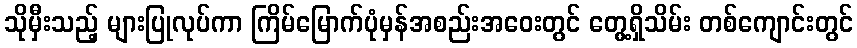
သိုမှီးသည့် များပြုလုပ်ကာ ကြိမ်မြောက်ပုံမှန်အစည်းအဝေးတွင် တွေ့ရှိသိမ်း တစ်ကျောင်းတွင်